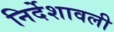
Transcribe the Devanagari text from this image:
निर्देशावली